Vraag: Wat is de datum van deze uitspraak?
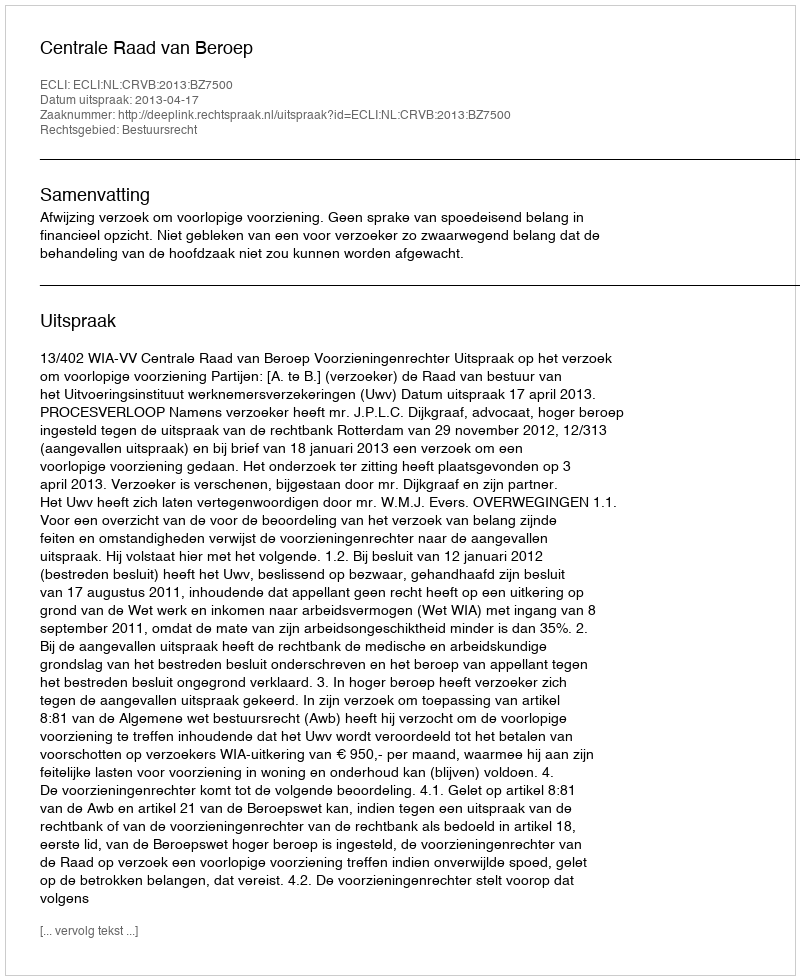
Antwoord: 2013-04-17